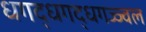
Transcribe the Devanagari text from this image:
धगद्धगद्धगज्ज्वल